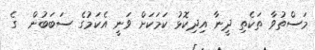
މަސްތުވާ ތަކެތި ދީނާ އިދިކޮޅު ކަމަކަށް ވަނީ އެކަމުގެ ސަބަބުން  ގެ